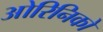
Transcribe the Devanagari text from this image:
ओरिनिको